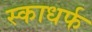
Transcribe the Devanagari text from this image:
स्काधर्फ